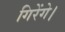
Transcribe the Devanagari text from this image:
गिरेंगे।